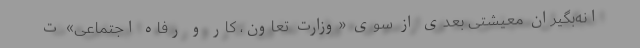
انه‌بگیران معیشتی بعدی از سوی «وزارت تعاون، کار و رفاه اجتماعی» ت